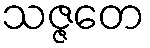
သဇ္ဇတေ